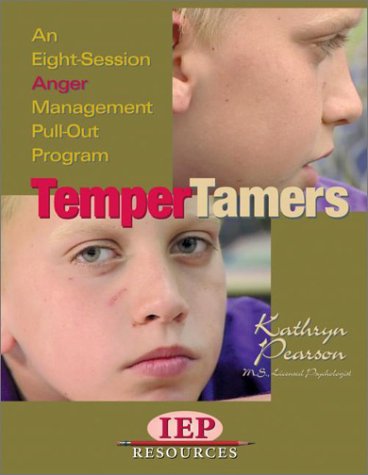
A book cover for TemperTamers: An Eight-Session Anger Management Pull-Out Program; Kathryn Pearson; Parenting & Relationships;